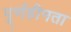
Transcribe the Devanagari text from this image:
पूर्णहीनता